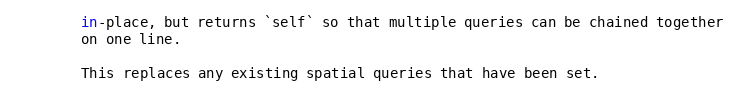
Language: Python
        in-place, but returns `self` so that multiple queries can be chained together
        on one line.

        This replaces any existing spatial queries that have been set.